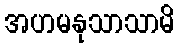
အဟမနုသာသာမိ